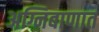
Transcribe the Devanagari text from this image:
अग्निबाणात